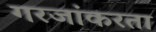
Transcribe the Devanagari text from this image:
गरजांकरता